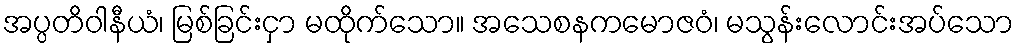
အပ္ပတိဝါနီယံ၊ မြစ်ခြင်းငှာ မထိုက်သော။ အသေစနကမောဇဝံ၊ မသွန်းလောင်းအပ်သော